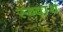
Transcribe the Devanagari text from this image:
स्ब्बाथ